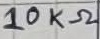
Text: 10KΩ